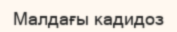
Малдағы кадидоз